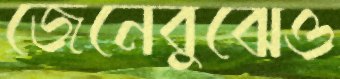
জেনেবুঝেও